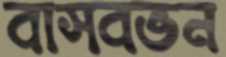
বাসবভন